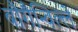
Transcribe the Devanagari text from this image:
बौगैन्विल्ले